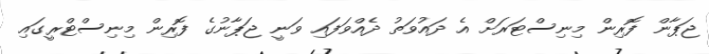
ޖަޕާން ފޮރިން މިނިސްޓަރަށް އެ ދައުވަތު ދެއްވަފައި ވަނީ ޖަޕާނުގެ ފޮރިން މިނިސްޓްރީގައި